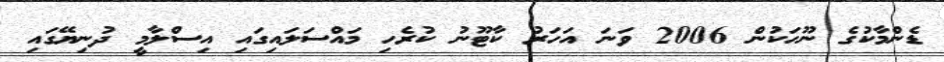
ޑެންމާކުގެ ނޫހަކުން 2006 ވަނަ އަހަރު ކާޓޫނު ކުރެހި މައްސަލައިގައި އިސްލާމީ ދުނިޔޭގައި